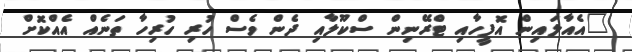
"އެއާލައިން އޮފީހާއި ޓްރޭނިން ސްކޫލާއި ދެން ވެސް ހުރި ހުރިހާ ތަނެއް އެއްކޮށް